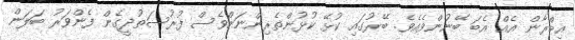
އިމްރާން އެއް އެބަ ބޭނުންވެއެވެ. ބޭރުގައި ކުޅޭ ކުޅުންތެރިންނަށްވެސް ފުރުސަތުދީގެން ފެންވަރު ބަލަން